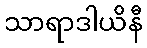
သာရာဒါယိနီ